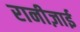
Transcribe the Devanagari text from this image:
रानीज़ाई